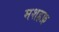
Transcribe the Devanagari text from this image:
मशहफ़